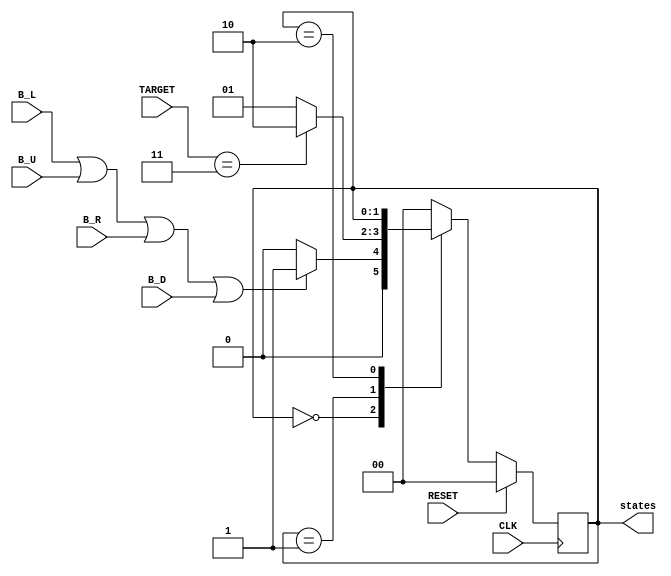
`timescale 1ns / 1ps
//////////////////////////////////////////////////////////////////////////////////
// Company: 
// Engineer: 
// 
// Design Name: 
// Module Name: Master_State_Machine
// Project Name: 
// Target Devices: 
// Tool Versions: 
// Description: 
// 
// Dependencies: 
// 
// Revision:
// Revision 0.01 - File Created
// Additional Comments:
// 
//////////////////////////////////////////////////////////////////////////////////


module Master_State_Machine(
   input CLK,     //gibe the CLK signal
   input RESET,   //give the reset signal  
   // any button pressed can be make the state change
   input B_L,     
   input B_U,
   input B_R,
   input B_D,
   input [3:0] TARGET, // how many target eaten by snake
   // state could be the output
   output [1:0] states
    );
    
      
    reg [1:0] Mas_Curr_state;
    reg [1:0] Mas_Next_state;
    //assign currentstate to output states as connecting
    assign states = Mas_Curr_state;
   
    always@(posedge CLK) begin
       if(RESET)
           Mas_Curr_state<=2'b00;
       else 
           Mas_Curr_state  <= Mas_Next_state;
       end
      
     always@(B_L or B_U or B_R or B_D or Mas_Curr_state or TARGET) begin
         case(Mas_Curr_state)
         //idle state 
         2'b00  :begin
         
                if(B_L || B_U || B_R || B_D)
                   Mas_Next_state <= 2'b01;
                else
                   Mas_Next_state <= 2'b00;
                end
         //play state
         2'b01  :begin
                if(TARGET == 5'd3)
                   Mas_Next_state <= 2'b10;
                else
                   Mas_Next_state <= 2'b01;
                end
                
         // the win state, remain at this state when achivevd        
         2'b10  :begin
                 Mas_Next_state <= Mas_Curr_state;  
                end
                
         default:
                Mas_Next_state <= 2'b00;
         endcase 
       end    
         
endmodule